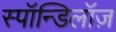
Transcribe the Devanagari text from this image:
स्पॉन्डिलॉज़